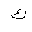
Letter: _kaf